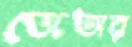
জেতার